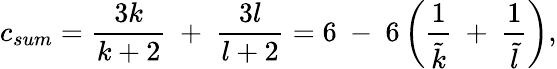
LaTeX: c_{sum}={\frac{3k}{k+2}}~+~{\frac{3l}{l+2}}=6~-~6\left({\frac{1}{\tilde{k}}}~+~{\frac{1}{\tilde{l}}}\right),